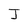
Character: J